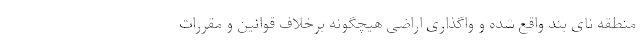
منطقه نای بند واقع شده و واگذاری اراضی هیچگونه برخلاف قوانین و مقررات